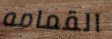
القمامه